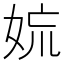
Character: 𡜋